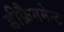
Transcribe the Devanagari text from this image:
डीफ्रैगमेन्ट